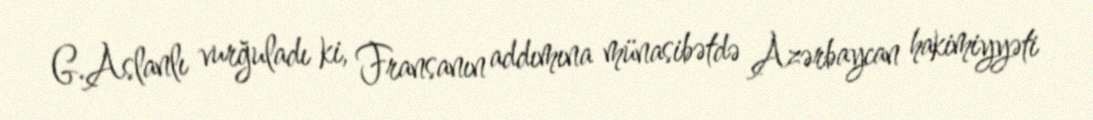
G.Aslanlı vurğuladı ki, Fransanın addımına münasibətdə Azərbaycan hakimiyyəti